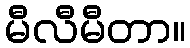
မီလီမီတာ။